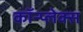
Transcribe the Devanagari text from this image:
कॉन्प्लेक्स